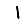
Digit: 1